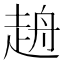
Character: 𧻖